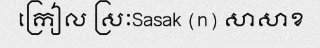
ក្រៀល ស្រៈSasak (n) សាសាខ